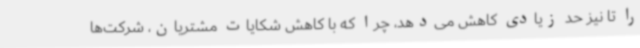
را تا نیز حد زیادی کاهش می‌دهد، چرا که با کاهش شکایات مشتریان، شرکت‌ها